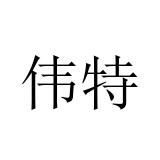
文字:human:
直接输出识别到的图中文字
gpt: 伟特